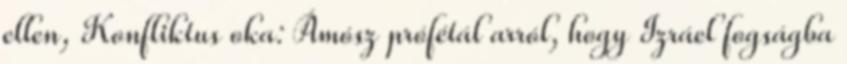
ellen, Konfliktus oka: Ámósz prófétál arról, hogy Izráel fogságba